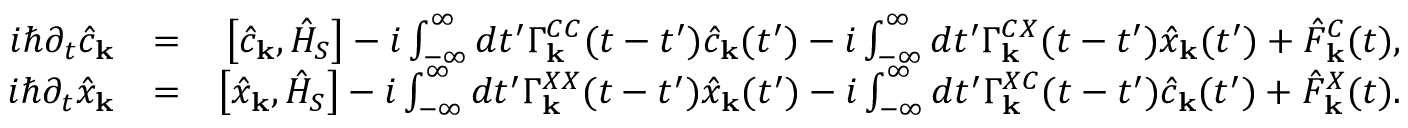
\begin{array} { r l r } { i \hbar \partial _ { t } \hat { c } _ { \bf k } } & { = } & { \left[ \hat { c } _ { \bf k } , \hat { H } _ { S } \right] - i \int _ { - \infty } ^ { \infty } d t ^ { \prime } \Gamma _ { \bf k } ^ { C C } ( t - t ^ { \prime } ) \hat { c } _ { \bf k } ( t ^ { \prime } ) - i \int _ { - \infty } ^ { \infty } d t ^ { \prime } \Gamma _ { \bf k } ^ { C X } ( t - t ^ { \prime } ) \hat { x } _ { \bf k } ( t ^ { \prime } ) + \hat { F } _ { \bf k } ^ { C } ( t ) , } \\ { i \hbar \partial _ { t } \hat { x } _ { \bf k } } & { = } & { \left[ \hat { x } _ { \bf k } , \hat { H } _ { S } \right] - i \int _ { - \infty } ^ { \infty } d t ^ { \prime } \Gamma _ { \bf k } ^ { X X } ( t - t ^ { \prime } ) \hat { x } _ { \bf k } ( t ^ { \prime } ) - i \int _ { - \infty } ^ { \infty } d t ^ { \prime } \Gamma _ { \bf k } ^ { X C } ( t - t ^ { \prime } ) \hat { c } _ { \bf k } ( t ^ { \prime } ) + \hat { F } _ { \bf k } ^ { X } ( t ) . } \end{array}